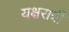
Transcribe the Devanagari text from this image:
यक्षरात्री